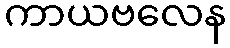
ကာယဗလေန